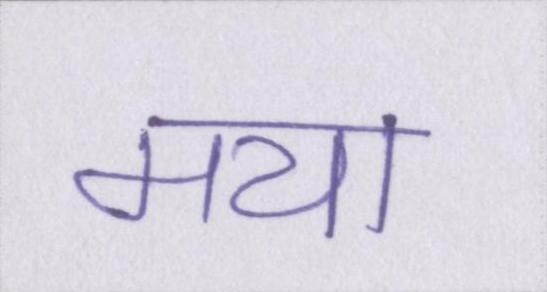
मया